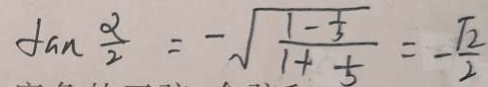
\tan \frac { \alpha } { 2 } = - \sqrt { \frac { 1 - \frac { 1 } { 3 } } { 1 + \frac { 1 } { 3 } } } = - \frac { \sqrt { 2 } } { 2 }